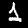
Digit: 1